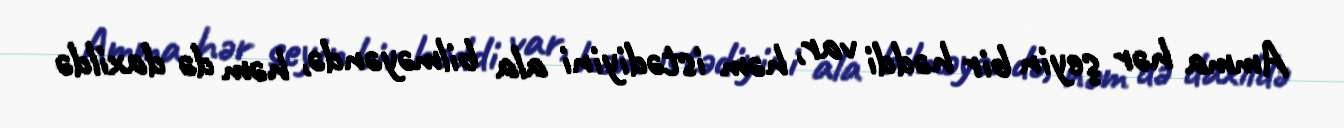
Amma hər şeyin bir həddi var, həm istədiyini ala bilməyəndə, həm də daxildə